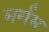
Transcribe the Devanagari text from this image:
मर्गम